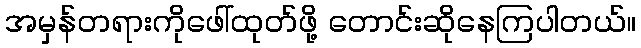
အမှန်တရားကိုဖေါ်ထုတ်ဖို့ တောင်းဆိုနေကြပါတယ်။